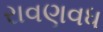
રાવણવધ